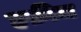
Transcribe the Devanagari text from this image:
हफ़ीज